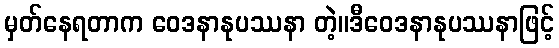
မှတ်နေရတာက ဝေဒနာနုပဿနာ တဲ့။ဒီဝေဒနာနုပဿနာဖြင့်